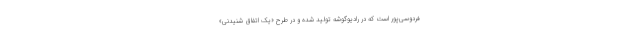
فردوسی‌پور است که در رادیوگوشه تولید شده و در طرح «یک اتفاق شنیدنی»